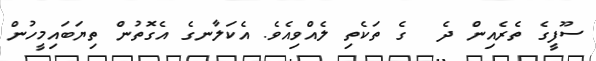
ސޫފީގެ ތެރެއިން ދެ  ގެ ތަކެތި ލެއްވިއެވެ. އެކަލާނގެ އެގޮތުން ތިޔަބައިމީހުން